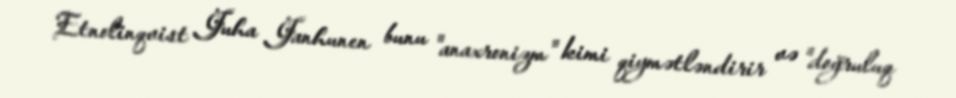
Etnolinqvist Juha Janhunen bunu "anaxronizm" kimi qiymətləndirir və "doğruluq